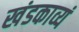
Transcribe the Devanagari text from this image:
खंडकाव्यं